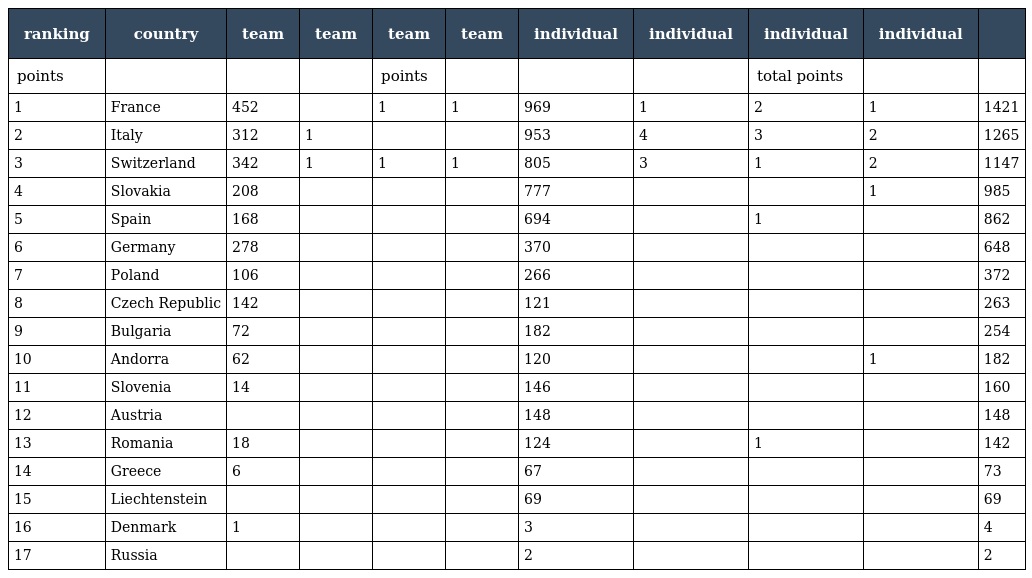
| ranking | country | team | team | team | team | individual | individual | individual | individual |  |
 | --- | --- | --- | --- | --- | --- | --- | --- | --- | --- | --- |
 | points |  |  |  | points |  |  |  | total points |  |  |
 | 1 | France | 452 |  | 1 | 1 | 969 | 1 | 2 | 1 | 1421 |
 | 2 | Italy | 312 | 1 |  |  | 953 | 4 | 3 | 2 | 1265 |
 | 3 | Switzerland | 342 | 1 | 1 | 1 | 805 | 3 | 1 | 2 | 1147 |
 | 4 | Slovakia | 208 |  |  |  | 777 |  |  | 1 | 985 |
 | 5 | Spain | 168 |  |  |  | 694 |  | 1 |  | 862 |
 | 6 | Germany | 278 |  |  |  | 370 |  |  |  | 648 |
 | 7 | Poland | 106 |  |  |  | 266 |  |  |  | 372 |
 | 8 | Czech Republic | 142 |  |  |  | 121 |  |  |  | 263 |
 | 9 | Bulgaria | 72 |  |  |  | 182 |  |  |  | 254 |
 | 10 | Andorra | 62 |  |  |  | 120 |  |  | 1 | 182 |
 | 11 | Slovenia | 14 |  |  |  | 146 |  |  |  | 160 |
 | 12 | Austria |  |  |  |  | 148 |  |  |  | 148 |
 | 13 | Romania | 18 |  |  |  | 124 |  | 1 |  | 142 |
 | 14 | Greece | 6 |  |  |  | 67 |  |  |  | 73 |
 | 15 | Liechtenstein |  |  |  |  | 69 |  |  |  | 69 |
 | 16 | Denmark | 1 |  |  |  | 3 |  |  |  | 4 |
 | 17 | Russia |  |  |  |  | 2 |  |  |  | 2 |